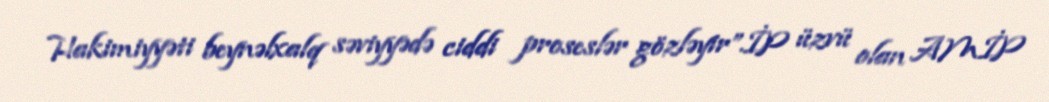
Hakimiyyəti beynəlxalq səviyyədə ciddi proseslər gözləyir”.İP üzvü olan AMİP